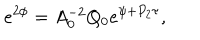
e ^ { 2 \phi } = A _ { 0 } ^ { - 2 } Q _ { 0 } e ^ { \psi + P _ { 2 } \tau } ,